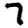
Digit: 7